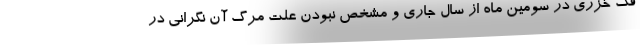
فک خزری در سومین ماه از سال جاری و مشخص نبودن علت مرگ آن نگرانی در